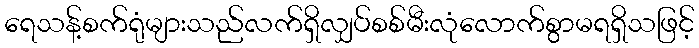
ရေသန့်စက်ရုံများသည်လက်ရှိလျှပ်စစ်မီးလုံလောက်စွာမရရှိသဖြင့်